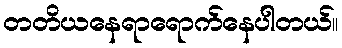
တတိယနေရာရောက်နေပါတယ်။